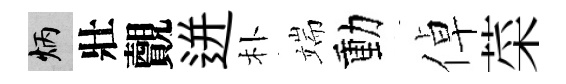
炳壯覿迸朴端動倬菜